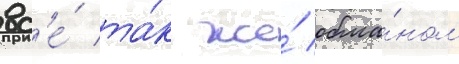
вс'е́ та́к же́ обма́ном